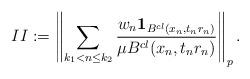
LaTeX: \begin{align*}II:= \left\| \sum_{ k_1 < n \le k_2}\frac{w_n \mathbf{1}_{B^{cl}(x_{n}, t_n r_{n})} }{\mu B^{cl}(x_{n}, t_n r_{n})} \right\|_p.\end{align*}